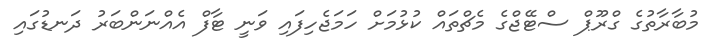
މުބާރާތުގެ ގްރޫޕް ސްޓޭޖްގެ މެޗްތައް ކުޅުމަށް ހަމަޖެހިފައި ވަނީ ޓާފް އެއްނަންބަރު ދަނޑުގައި